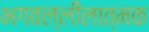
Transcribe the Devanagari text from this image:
भगवल्लीलात्मक